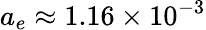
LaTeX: a_{e}\approx 1.16\times 10^{-3}